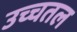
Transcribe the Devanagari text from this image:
उच्चतल